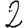
Digit: 2